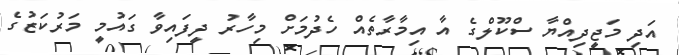
އަދި މަޖީދިއްޔާ ސްކޫލްގެ އާ އިމާރާތެއް ހެދުމަށް މިހާރު ދީފައިވާ ގައުމީ މަރުކަޒުގެ